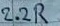
Text: 2.2R